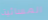
المسائية